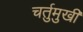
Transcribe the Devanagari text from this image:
चर्तुमुखी